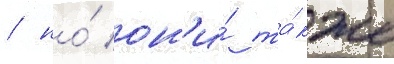
/ но́ он'и́ та́кже